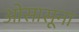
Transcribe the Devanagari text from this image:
ओसासूना